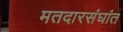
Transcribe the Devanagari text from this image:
मतदारसंघांत